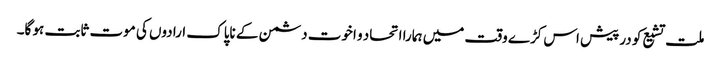
ملت تشیع کو درپیش اس کڑے وقت میں ہمارا اتحاد و اخوت دشمن کے ناپاک ارادوں کی موت ثابت ہو گا۔